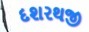
દશરથજી